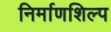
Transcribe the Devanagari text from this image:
निर्माणशिल्प